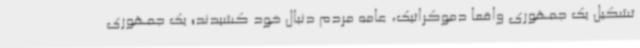
تشکیل یک جمهوری واقعا دموکراتیک، عامه مردم دنبال خود کشیدند؛ یک جمهوری